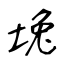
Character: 堍